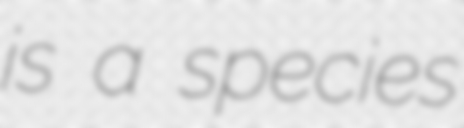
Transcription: is a species